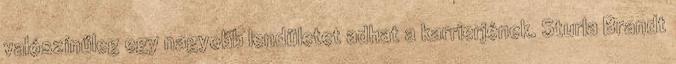
valószínűleg egy nagyobb lendületet adhat a karrierjének. Sturla Brandt